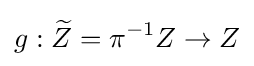
g:{\widetilde {Z}}=\pi ^{-1}Z\to Z